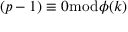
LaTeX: ( p - 1 ) \equiv 0 { \bmod { \phi } } ( k )